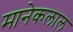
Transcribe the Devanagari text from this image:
मानेकलाल